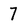
Character: 7